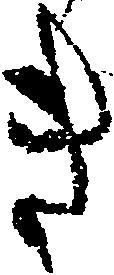
き